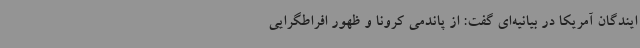
ایندگان آمریکا در بیانیه‌ای گفت: از پاندمی کرونا و ظهور افراطگرایی